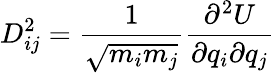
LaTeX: D_{ij}^{2}=\frac{1}{\sqrt{m_{i}m_{j}}}\frac{\partial^{2}U}{\partial q_{i}\partial q_{j}}